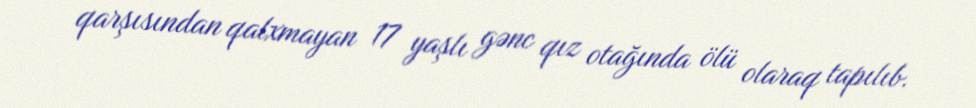
qarşısından qalxmayan 17 yaşlı gənc qız otağında ölü olaraq tapılıb.